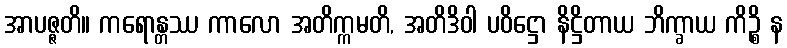
အာပဇ္ဇတိ။ ကရောန္တဿ ကာလော အတိက္ကမတိ, အတိဒိဝါ ပဝိဋ္ဌော နိဋ္ဌိတာယ ဘိက္ခာယ ကိဉ္စိ န